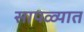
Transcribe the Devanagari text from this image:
सापळ्यात